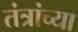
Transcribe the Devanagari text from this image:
तंत्रांच्या